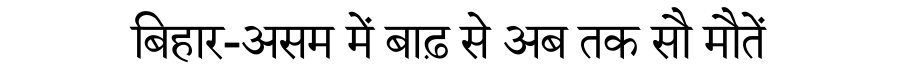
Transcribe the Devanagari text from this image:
बिहार-असम में बाढ़ से अब तक सौ मौतें